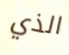
الذي